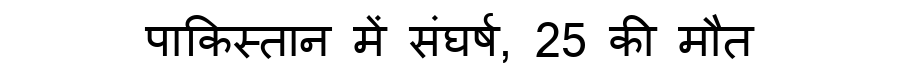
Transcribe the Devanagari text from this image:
पाकिस्तान में संघर्ष, 25 की मौत